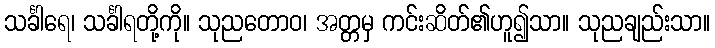
သင်္ခါရေ၊ သင်္ခါရတို့ကို။ သုညတောဝ၊ အတ္တမှ ကင်းဆိတ်၏ဟူ၍သာ။ သုညချည်းသာ။